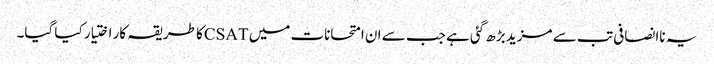
یہ ناانصافی تب سے مزید بڑھ گئی ہے جب سے ان امتحانات میں CSATکا طریقہ کار اختیار کیا گیا۔